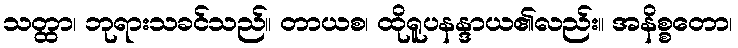
သတ္ထာ၊ ဘုရားသခင်သည်။ တာယစ၊ ထိုရူပနန္ဒာယ၏လည်း။ အနိစ္စတော၊